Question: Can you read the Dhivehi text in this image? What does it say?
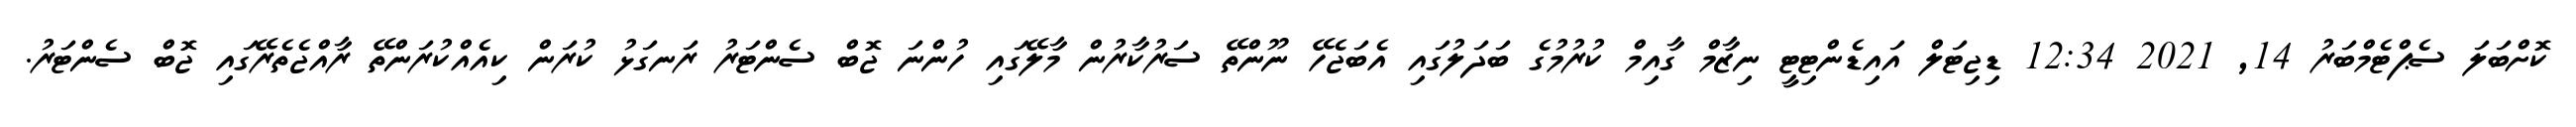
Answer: ކޮށްބަލަ ސެޕްޓެމްބަރު 14, 2021 12:34 ޑިޖިޓަލް އައިޑެންޓިޓީ ނިޒާމް ގާއިމް ކުރުމުގެ ބަދަލުގައި އެބަޖެހޭ ނޫންތޭ ސަރުކާރުން މާލޭގައި ހުންނަ ޖޮބް ސެންޓަރު ރަނގަޅު ކުރަން ކިއެއްކުރަންތޭ ރާއްޖެތެރޭގައި ޖޮބް ސެންޓަރު.